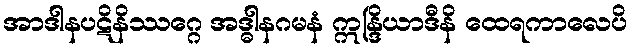
အာဒါနပဋိနိဿဂ္ဂေ အဒ္ဓါနဂမနံ ဣန္ဒြိယာဒီနိ ထေရကာလေပိ